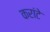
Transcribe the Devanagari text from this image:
करांटे